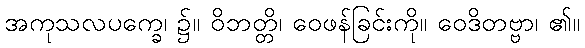
အကုသလပက္ခေ၊ ၌။ ဝိဘတ္တိ၊ ဝေဖန်ခြင်းကို။ ဝေဒိတဗ္ဗာ၊ ၏။